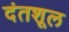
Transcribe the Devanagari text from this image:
दंतशूल